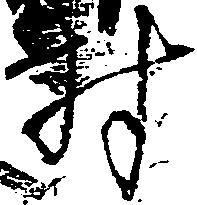
村